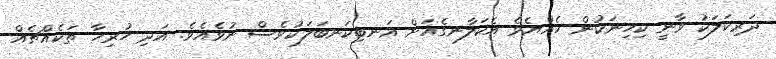
ދަރިކަލަކު ވާނީ ކިހިނަކުން ހެއްޔެވެެ އެކަލާނގެއަށް އަނބިކަނބަލަކުވެސް ނުވެއެވެ. އަދި ހުރިހާ ތަކެއްޗެއް